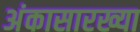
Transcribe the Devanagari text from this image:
अंकासारख्या